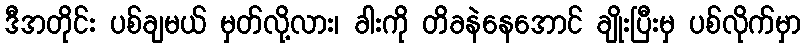
ဒီအတိုင်း ပစ်ချမယ် မှတ်လို့လား၊ ခါးကို တိခနဲနေအောင် ချိုးပြီးမှ ပစ်လိုက်မှာ